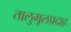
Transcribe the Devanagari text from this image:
तालुमूलप्रदाह